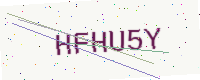
Text: HFHU5Y